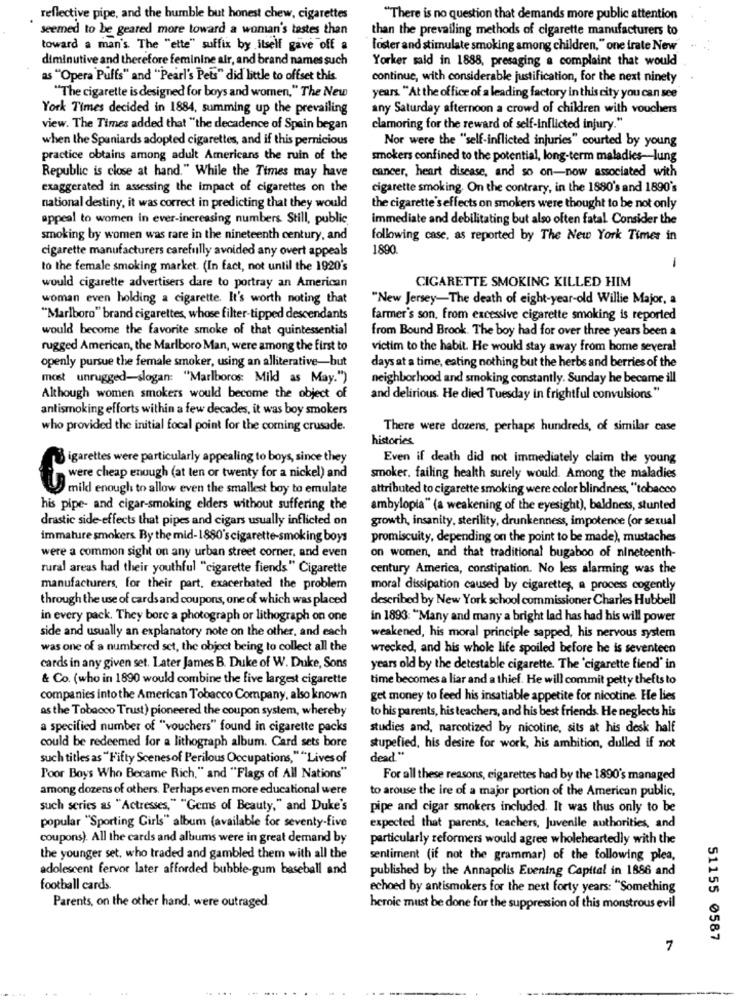
reflective pipe, and the humble but honest chew, cigarettes
"There is no question that demands more public attention
seemed to be geared more toward a woman's testes than
than the prevailing methods of cigarette manufacturers to
toward a man's The "ette" suffix by itself gave off a
foster and stimulate smoking among children, " one irate New
diminutive and therefore feminine air, and brand names such
Yorker sald in 1888, presaging a complaint that would
as "Opera Puffs" and "Pearl's Pets" did little to offset this
continue, with considerable justification, for the next ninety
"The cigarette is designed for boys and women," The New
years. "At the office of a leading factory in this city you can see
York Times decided in 1884, summing up the prevailing
any Saturday afternoon a crowd of children with vouchers
view. The Times added that "the decadence of Spain began
clamoring for the reward of self-inflicted injury."
when the Spaniards adopted cigarettes, and if this pernicious
Nor were the "self-inflicted injuries" courted by young
practice obtains among adult Americans the ruin of the
smokers confined to the potential, long-term maladies-lung
Republic is close at hand." While the Times may have
cancer, heart disease, and so on-now associated with
exaggerated in assessing the impact of cigarettes on the
cigarette smoking. On the contrary, in the 1880's and 1890's
national destiny, it was correct in predicting that they would
the cigarette's effects on smokers were thought to be not only
appeal to women in ever-increasing numbers Still, public
immediate and debilitating but also often fatal Consider the
smoking by women was rare in the nineteenth century, and
following case, as reported by The New York Times in
cigarette manufacturers carefully avoided any overt appeals
1890
to the female smoking market. (In fact, not until the 1920's
1
CIGARETTE SMOKING KILLED HIM
would cigarette advertisers dare to portray an American
woman even holding a cigarette. It's worth noting that
"New Jersey-The death of eight-year-old Willie Major, a
"Marlboro" brand cigarettes, whose filter-tipped descendants
farmer's son, from excessive cigarette smoking is reported
would become the favorite smoke of that quintessential
from Bound Brook. The boy had for over three years been a
rugged American, the Marlboro Man, were among the first to
victim to the habit. He would stay away from home several
openly pursue the female smoker, using an alliterative-but
days at a time, eating nothing but the herbs and berries of the
most unrugged-slogan: "Marlboros: Mild as May.")
neighborhood and smoking constantly. Sunday he became ill
Although women smokers would become the object of
and delirious He died Tuesday in frightful convulsions "
antismoking efforts within a few decades, it was boy smokers
who provided the initial focal point for the coming crusade.
There were dozens, perhaps hundreds, of similar case
histories
igarettes were particularly appealing to boys, since they
Even if death did not immediately claim the young
smoker, failing health surely would. Among the maladies
were cheap enough (at len or twenty for a nickel) and
mild enough to allow even the smallest boy to emulate
attributed to cigarette smoking were color blindness, "tobacco
his pipe- and cigar-smoking elders without suffering the
ambylopia" (a weakening of the eyesight), baldness, stunted
drastic side-effects that pipes and cigars usually inflicted on
growth, insanity, sterility, drunkenness, impotence (or sexual
immature smokers By the mid-1880's cigarette-smoking boys
promiscuity, depending on the point to be made), mustaches
were a common sight on any urban street corner, and even
on women, and that traditional bugaboo of nineteenth-
rural areas had their youthful "cigarette fiends" Cigarette
century America, constipation. No less alarming was the
manufacturers, for their part, exacerbated the problem
moral dissipation caused by cigarettes, a process cogently
through the use of cards and coupons, one of which was placed
described by New York school commissioner Charles Hubbell
in every pack. They bore a photograph or lithograph on one
in 1893: "Many and many a bright lad has had his will power
side and usually an explanatory note on the other, and each
weakened, his moral principle sapped, his nervous system
was one of a numbered set, the object being to collect all the
wrecked, and his whole life spoiled before he is seventeen
cards in any given set. Later James B. Duke of W. Duke, Sons
years old by the detestable cigarette. The 'cigarette fiend' in
& Co. (who in 1890 would combine the five largest cigarette
time becomes a liar and a thief. He will commit petty thefts to
companies into the American Tobacco Company, also known
get money to feed his insatiable appetite for nicotine. He lies
as the Tobacco Trust) pioneered the coupon system, whereby
to his parents, his teachers, and his best friends. He neglects his
a specified number of "vouchers" found in cigarette packs
studies and, narcotized by nicotine, sits at his desk half
could be redeemed for a lithograph album. Card sets bore
stupefied, his desire for work, his ambition, dulled if not
such titles as "Fifty Scenes of Perilous Occupations,""Lives of
dead"
Poor Boys Who Became Rich," and "Flags of All Nations"
For all these reasons, cigarettes had by the 1890's managed
among dozens of others. Perhaps even more educational were
to arouse the ire of a major portion of the American public,
such series as "Actresses," "Gems of Beauty," and Duke's
pipe and cigar smokers included. It was thus only to be
expected that parents, teachers, Juvenile authorities, and
popular "Sporting Girls" album (available for seventy-five
coupons). All the cards and albums were in great demand by
particularly reformers would agree wholeheartedly with the
the younger set, who traded and gambled them with all the
sentiment (if not the grammar) of the following plea,
adolescent fervor later afforded bubble-gum baseball and
published by the Annapolis Evening Capital in 1886 and
football cards.
echoed by antismokers for the next forty years: "Something
Parents, on the other hand, were outraged
heroic must be done for the suppression of this monstrous evil
51155 0587
7